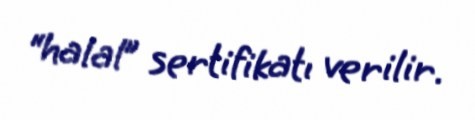
“halal” sertifikatı verilir.